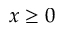
x \geq 0